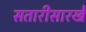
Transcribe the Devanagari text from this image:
सतारीसारखे